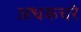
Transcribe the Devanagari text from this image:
अधकचरे